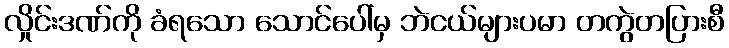
လှိုင်းဒဏ်ကို ခံရသော သောင်ပေါ်မှ ဘဲငယ်များပမာ တကွဲတပြားစီ